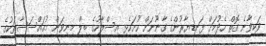
ވަކިވާނެ ގޮތް ހެދުމަށް ފަނޑިޔާރުންގެ ގާނޫނަށް ހުށަހެޅި އިސްލާހުގެ ބިލް މިނިވަން މުއައްސަސާތަކުގެ